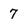
Character: 7